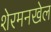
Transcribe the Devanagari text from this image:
शेरमनखेल